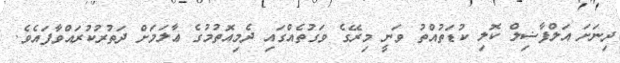
ދިނަށަ އަލްފާޟިލް ކޮލި ކުޑަތުއްތު ވަނީ މިރޭގެ ވަގުތެއްގައި ދެމިއޮތުމުގެ ޢާލަމަށް ދަތުރުކުރައްވާފައެވެ.